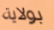
بولاية